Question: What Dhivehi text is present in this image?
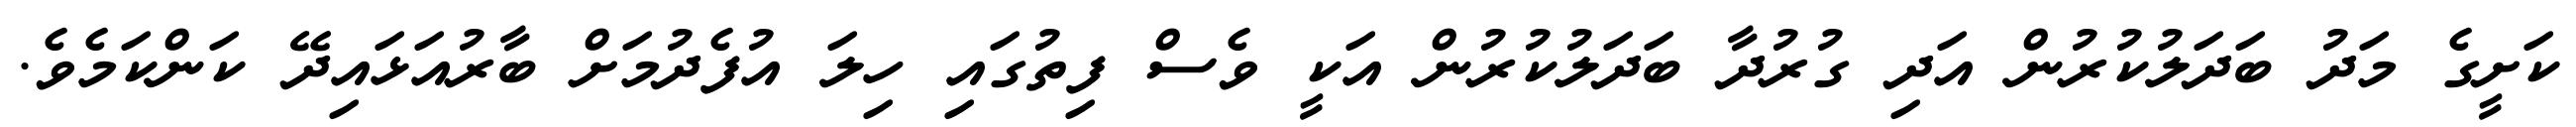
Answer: ކަށީގެ މަދު ބަދަލުކުރުން އަދި ގުރުދާ ބަދަލުކުރުން އަކީ ވެސް ފިތުގައި ހިލަ އުފެދުމަށް ބާރުއަޅައިދޭ ކަންކަމެވެ.